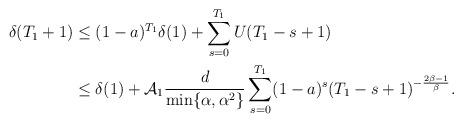
LaTeX: \begin{align*} \delta(T_{1}+1)&\leq (1-a)^{T_1}\delta(1)+\sum_{s=0}^{T_1}U(T_1-s+1)\\&\leq \delta(1)+\mathcal{A}_{1}\frac{d}{\min\{\alpha, \alpha^2\}}\sum_{s=0}^{T_{1}}(1-a)^s(T_{1}-s+1)^{-\frac{2\beta-1}{\beta}}.\end{align*}